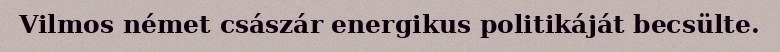
Vilmos német császár energikus politikáját becsülte.